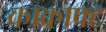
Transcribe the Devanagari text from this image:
काक्राफ्ट